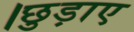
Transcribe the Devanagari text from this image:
।छुड़ाए